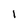
Character: I